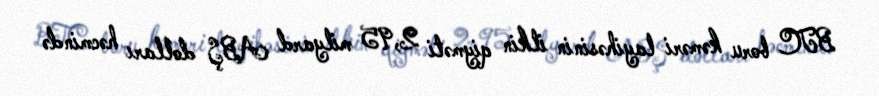
BTC boru kəməri layihəsinin ilkin qiyməti 2,95 milyard ABŞ dolları həcmində